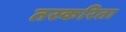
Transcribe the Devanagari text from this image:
तस्करिता